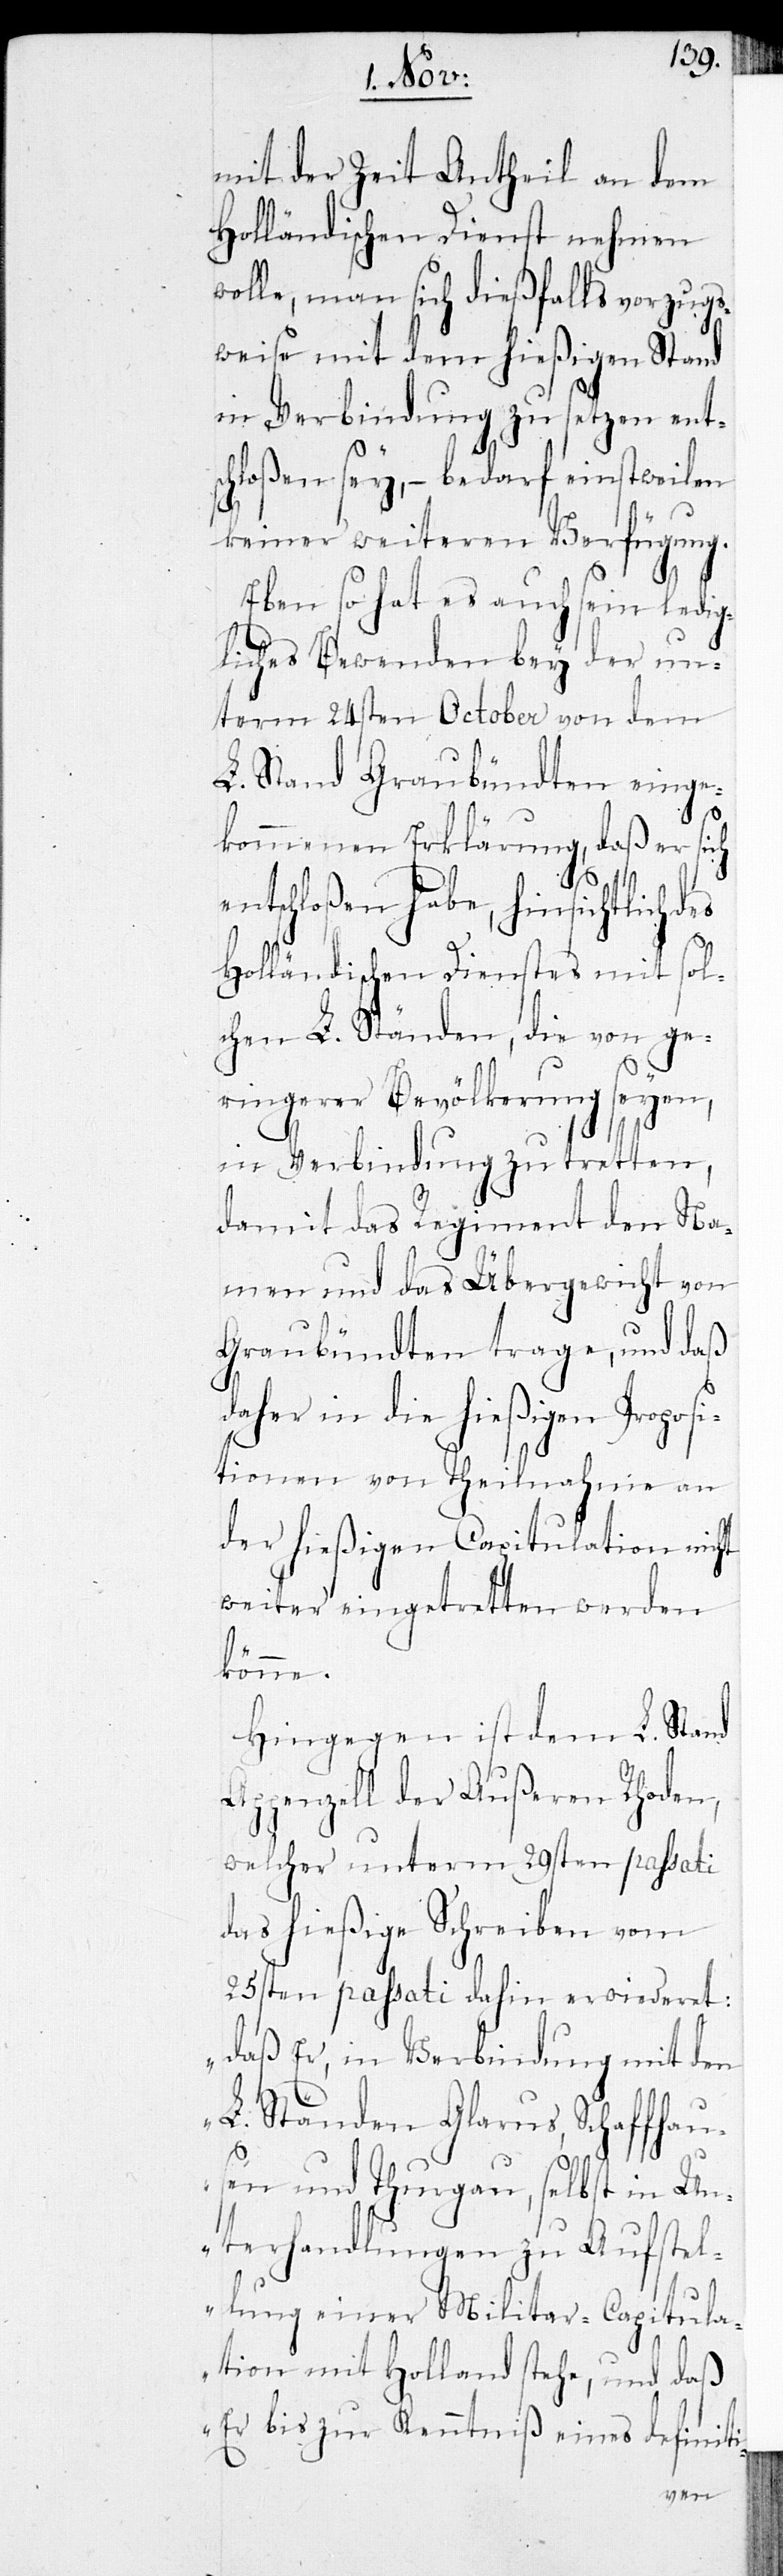
mit der Zeit Antheil an dem
Holländischen Dienst nehmen
wolle, man sich dießfalls vorzugs¬
weise mit dem hießigen Stand
in Verbindung zu setzen ents¬
chloßen sey, – bedarf einstweilen
keiner weiteren Verfügung.
Eben so hat es auch sein ledig¬
liches Bewenden bey der un¬
term 24sten October von dem
L. Stand Graubündten einge¬
kommenen Erklärung, daß er sich
entschloßen habe, hinsichtlich
Holländischen Dienstes mit sol¬
chen L. Ständen, die von ge¬
ringerer Bevölkerung seyen,
in Verbindung zu tretten,
damit das Regiment den Na¬
men und das Übergewicht von
Graubündten trage, und daß
daher in die hießigen Proposi¬
tionen von Theilnahme an
der hießigen Capitulation nicht
weiter eingetretten werden
könne.
Hingegen ist dem L. Stand
Appenzell der Außeren Rhoden,
welcher unterm 29sten passati
das hießige Schreiben vom
25sten passati dahin erwiederet:
„daß Er, in Verbindung mit den
L. Ständen Glarus, Schaffhau¬
sen und Thurgau, selbst in Un¬
terhandlungen zu Aufstel¬
lung einer Militar-Capitula¬
tion mit Holland stehe, und daß
Er bis zur Kenntniß
definiti-